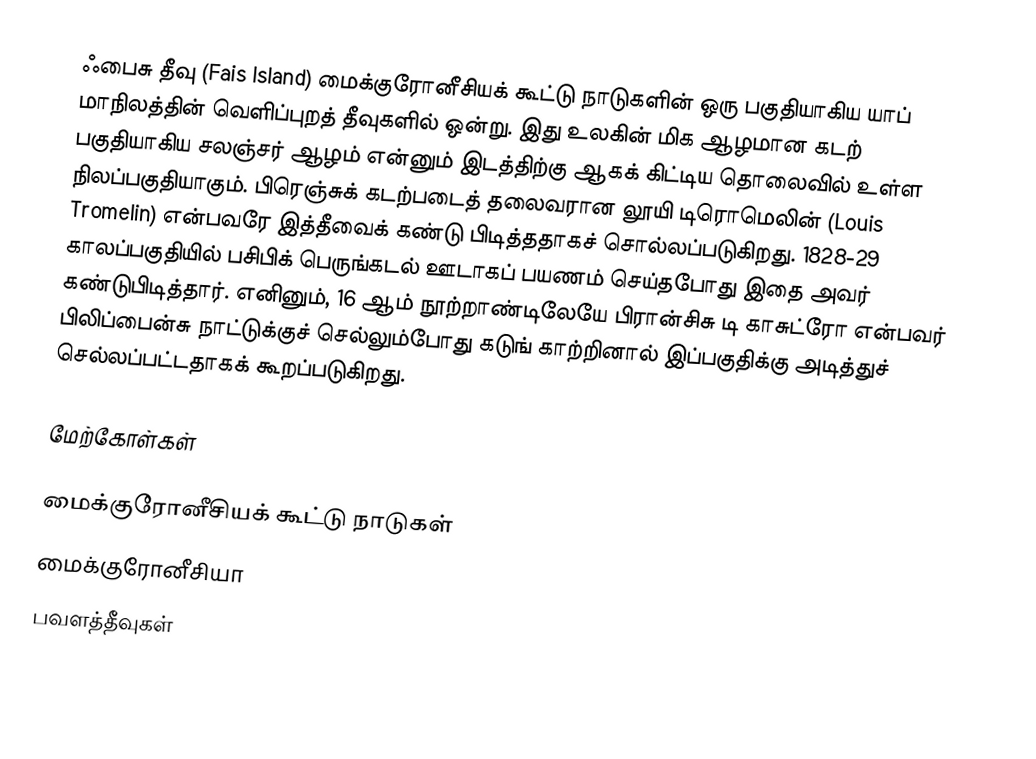
ஃபைசு தீவு (Fais Island) மைக்குரோனீசியக் கூட்டு நாடுகளின் ஒரு பகுதியாகிய யாப் மாநிலத்தின் வெளிப்புறத் தீவுகளில் ஒன்று. இது உலகின் மிக ஆழமான கடற் பகுதியாகிய சலஞ்சர் ஆழம் என்னும் இடத்திற்கு ஆகக் கிட்டிய தொலைவில் உள்ள நிலப்பகுதியாகும். பிரெஞ்சுக் கடற்படைத் தலைவரான லூயி டிரொமெலின் (Louis Tromelin) என்பவரே இத்தீவைக் கண்டு பிடித்ததாகச் சொல்லப்படுகிறது. 1828-29 காலப்பகுதியில் பசிபிக் பெருங்கடல் ஊடாகப் பயணம் செய்தபோது இதை அவர் கண்டுபிடித்தார். எனினும், 16 ஆம் நூற்றாண்டிலேயே பிரான்சிசு டி காசுட்ரோ என்பவர் பிலிப்பைன்சு நாட்டுக்குச் செல்லும்போது கடுங் காற்றினால் இப்பகுதிக்கு அடித்துச் செல்லப்பட்டதாகக் கூறப்படுகிறது.

மேற்கோள்கள்

மைக்குரோனீசியக் கூட்டு நாடுகள்
மைக்குரோனீசியா
பவளத்தீவுகள்